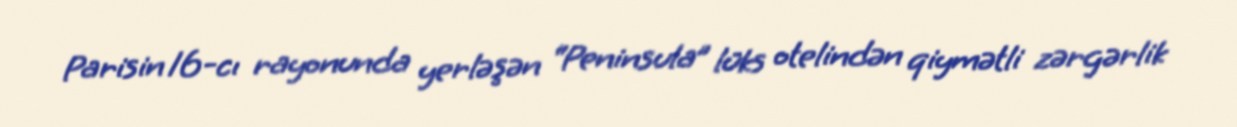
Parisin 16-cı rayonunda yerləşən “Peninsula” lüks otelindən qiymətli zərgərlik